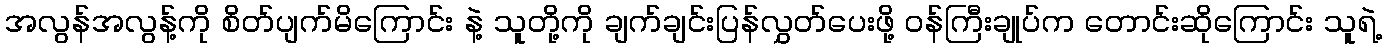
အလွန်အလွန့်ကို စိတ်ပျက်မိကြောင်း နဲ့ သူတို့ကို ချက်ချင်းပြန်လွှတ်ပေးဖို့ ဝန်ကြီးချုပ်က တောင်းဆိုကြောင်း သူရဲ့